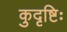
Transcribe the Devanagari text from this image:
कुदृष्टिः